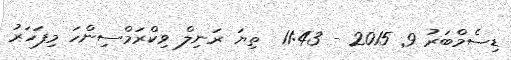
ޑިސެމްބަރު 9